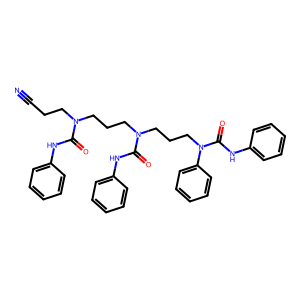
SMILES: N#CCCN(CCCN(CCCN(C(=O)Nc1ccccc1)c1ccccc1)C(=O)Nc1ccccc1)C(=O)Nc1ccccc1
Inhibits HIV replication: No